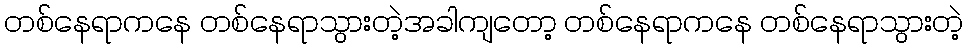
တစ်နေရာကနေ တစ်နေရာသွားတဲ့အခါကျတော့ တစ်နေရာကနေ တစ်နေရာသွားတဲ့